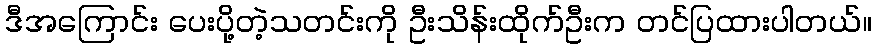
ဒီအကြောင်း ပေးပို့တဲ့သတင်းကို ဦးသိန်းထိုက်ဦးက တင်ပြထားပါတယ်။